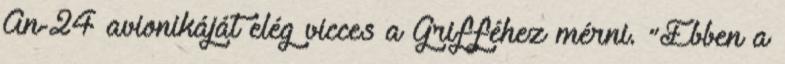
An-24 avionikáját elég vicces a Grifféhez mérni. “Ebben a